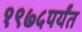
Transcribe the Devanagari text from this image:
१९७५पर्यंत